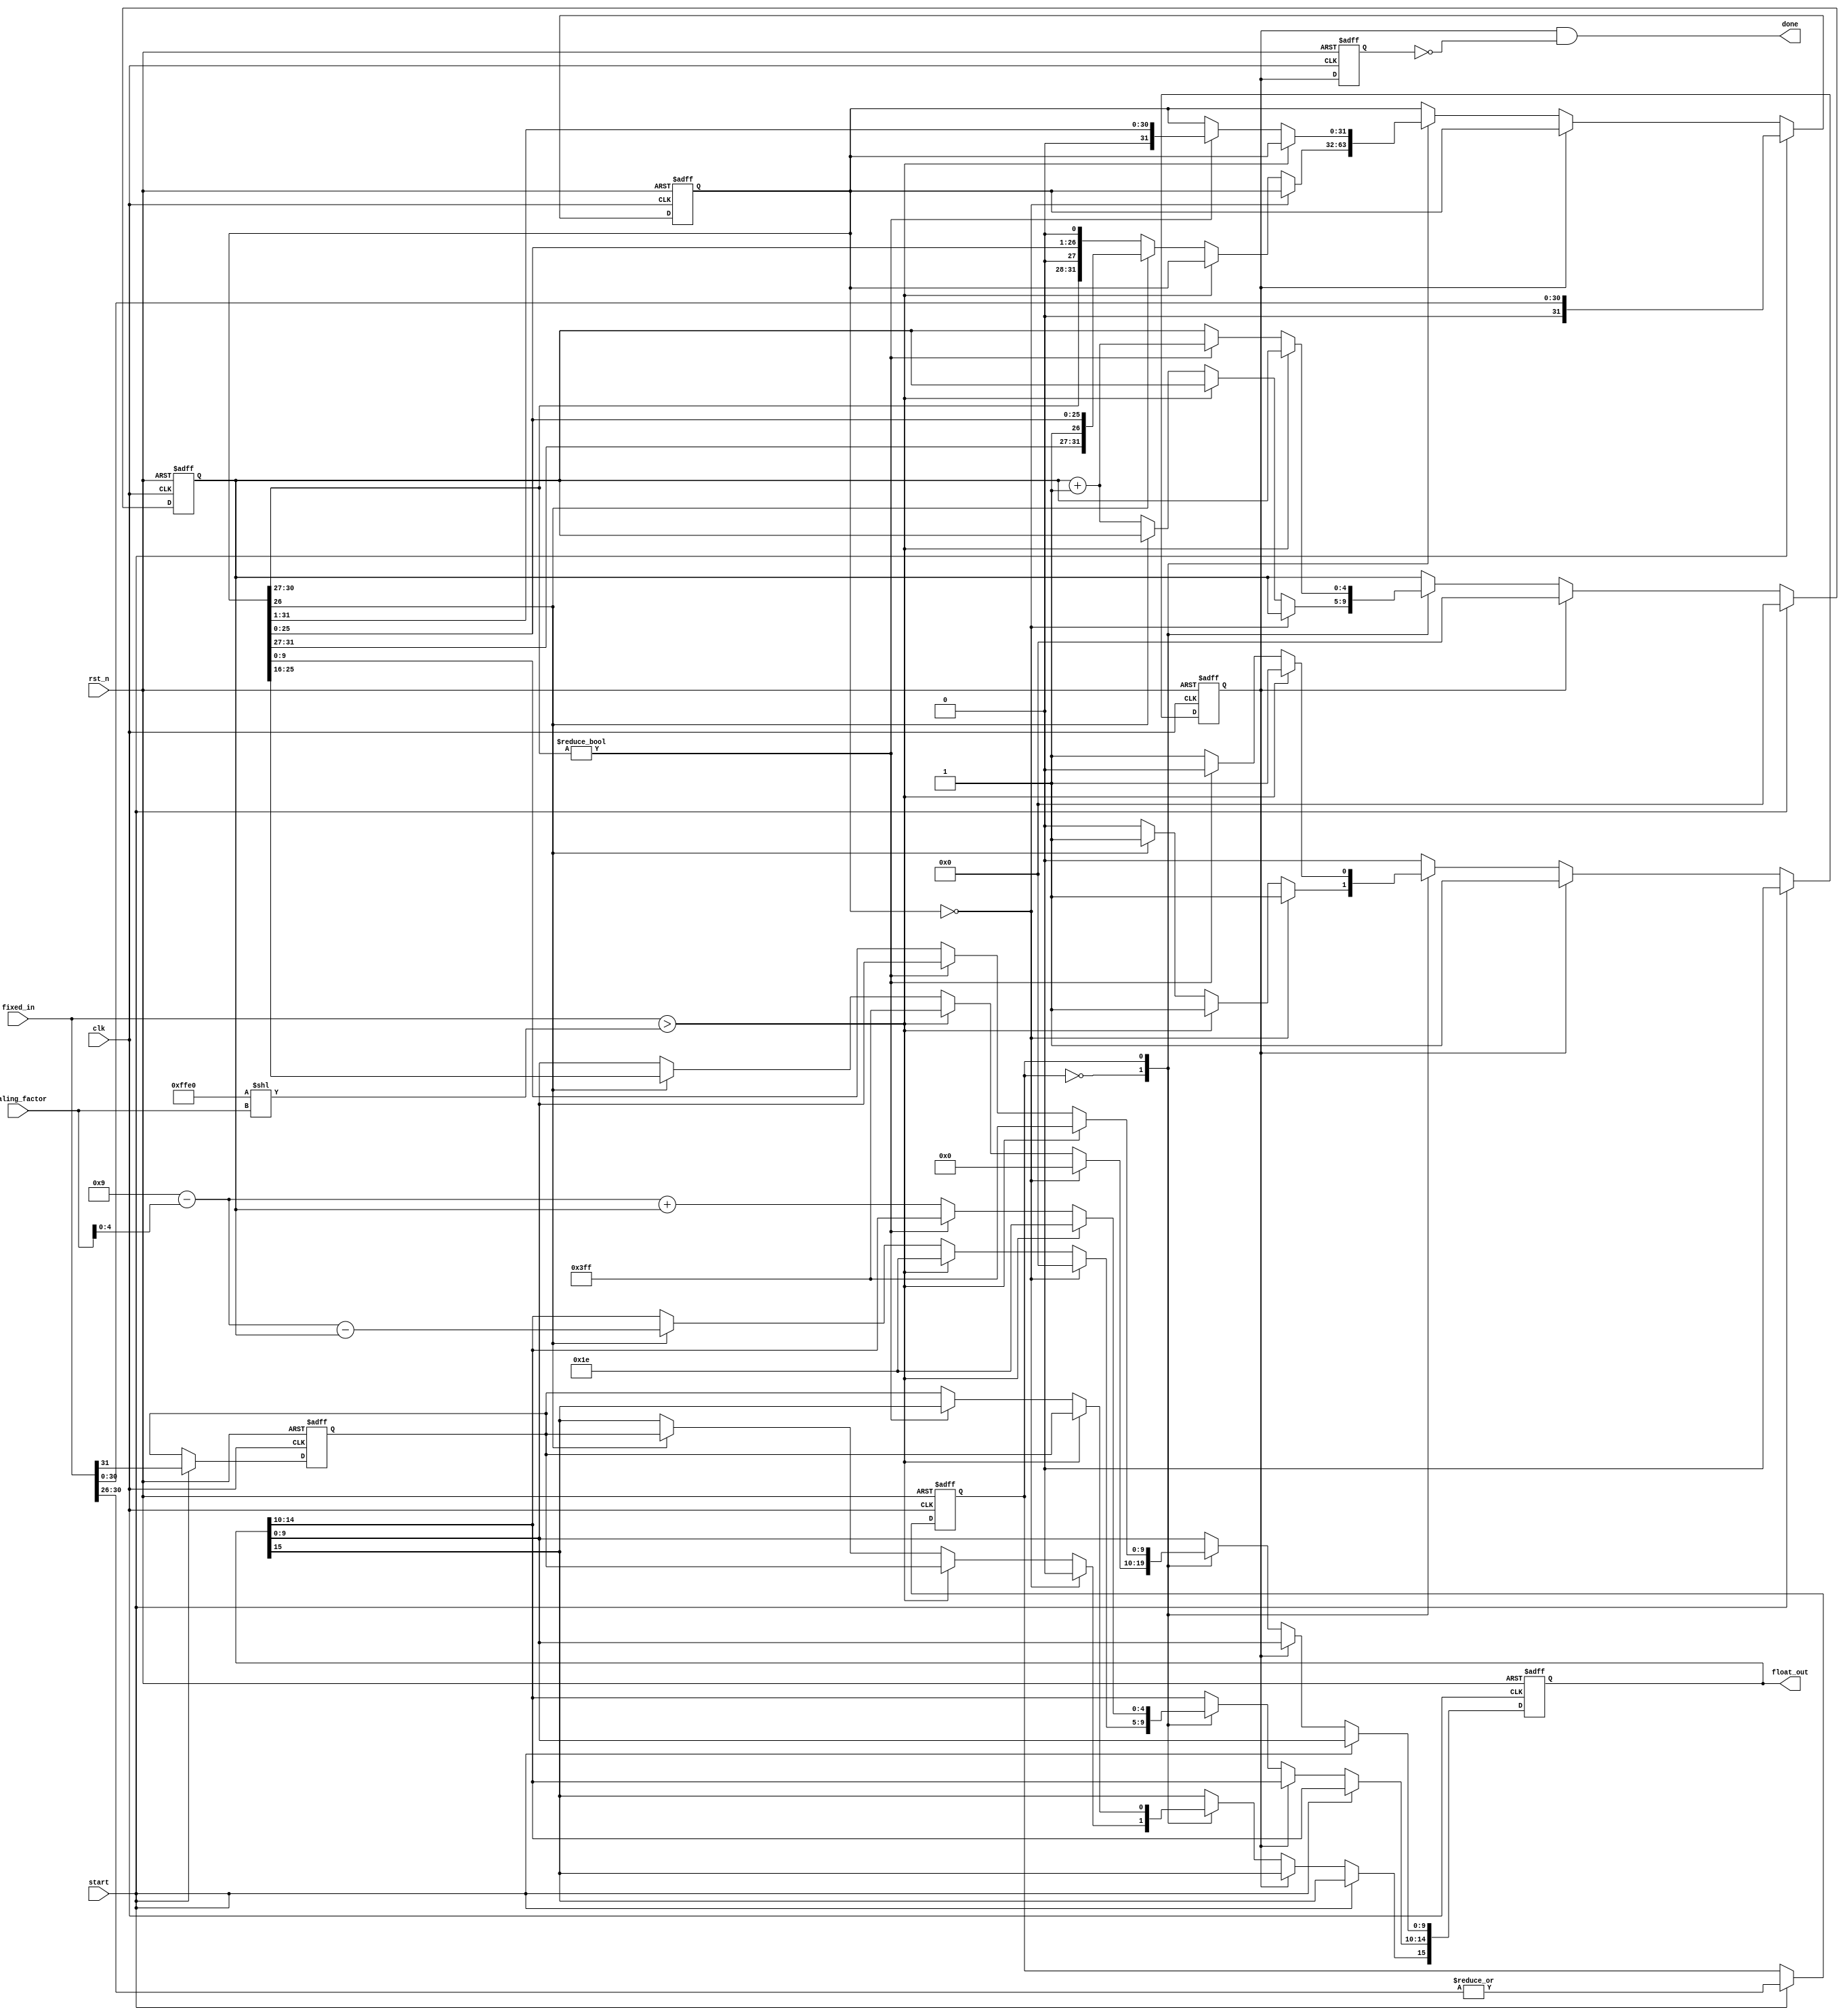
`timescale 1ns / 1ps
//////////////////////////////////////////////////////////////////////////////////
// Company: 
// Engineer: 
// 
// Design Name: 
// Module Name: fixed_to_fp16
// Project Name: 
// Target Devices: 
// Tool Versions: 
// Description: 
// 
// Dependencies: 
// 
// Revision:
// Revision 0.01 - File Created
// Additional Comments:
// 
//////////////////////////////////////////////////////////////////////////////////


module fixed_to_fp16#(
    parameter Q = 23,
    parameter N = 32
)
(
    input [N-1:0] fixed_in,
    input [5:0] scaling_factor,
    input start,
    input clk,
    input rst_n,
    output [15:0] float_out,
    output done
    );
    
    reg [15:0] float_temp;
    reg [N-1:0] fixed_in_copy;
    reg sign;
    reg [4:0] shift_count;
    reg shift_direction;
    reg complete;
    reg complete_D1;
    
    wire [31:0] max_value;
    
    assign max_value = 31'd65504 << scaling_factor;
    
//    initial complete = 1'b0;
    
    assign float_out = float_temp;
    
    always @(posedge clk or negedge rst_n) 
    begin
        if(!rst_n)
            complete_D1 <= 1'b0;
        else
            complete_D1 <= complete; 
    end
    assign done = (complete && ~complete_D1);
    
    always @(posedge clk or negedge rst_n)
    begin
        if(!rst_n) begin
            complete <= 1'b1;
            shift_count <= 5'd0;
            fixed_in_copy <= {N{1'b0}};
            sign <= 1'b0;
            shift_direction <= 1'b0;
            float_temp <= 16'b0;
        end    
        else 
        if(start) begin
            complete <= 1'b0;
            shift_count <= 5'd0;
            
            fixed_in_copy <= {1'b0,fixed_in[N-2:0]};
            sign <= fixed_in[N-1];
            shift_direction <= | fixed_in[N-2:N-6];           
        end
        else if(!complete) begin
            case(shift_direction)
                1'b0: begin
                    if(fixed_in_copy == 32'd0) begin
                        float_temp <= 16'd0;
                        complete <= 1'b1;
                    end
                    else if(fixed_in[31:0] > max_value) begin
                        float_temp[15] <= sign;
                        float_temp[14:0] <= 15'b111_1011_1111_1111;
                        complete <= 1'b1; 
                    end
                    else begin
                        if(fixed_in_copy[26]==1'b0) begin
                            fixed_in_copy <= fixed_in_copy << 1;
                            shift_count <= shift_count + 1'b1;
                        end
                        else begin
                            complete <= 1'b1;
                            float_temp[15] <= sign;
                            float_temp[14:10] <= 6'd41 - scaling_factor - shift_count;
                            float_temp[9:0] <= fixed_in_copy [25:16];
                        end
                    end
                end
                
                1'b1 : begin
                    if(fixed_in[31:0] > max_value) begin
                        float_temp[15] <= sign;
                        float_temp[14:0] <= 15'b111_1011_1111_1111;
                        complete <= 1'b1; 
                    end
                    else if(fixed_in_copy[30:27] != 4'b0000) begin
                        fixed_in_copy <= fixed_in_copy >> 1;
                        shift_count <= shift_count + 1;
                    end
                    else begin
                        complete <= 1'b1;
                        float_temp[15] <= sign;
                        float_temp[14:10] <= 6'd41 - scaling_factor + shift_count;
                        float_temp[9:0] <= fixed_in_copy[9:0];
                    end
                end
            endcase
        end
        else begin
            shift_count <= 5'd0;
        end
    end
    
endmodule